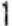
1